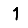
Digit: 1